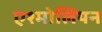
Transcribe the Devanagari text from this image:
एश्मोलियन